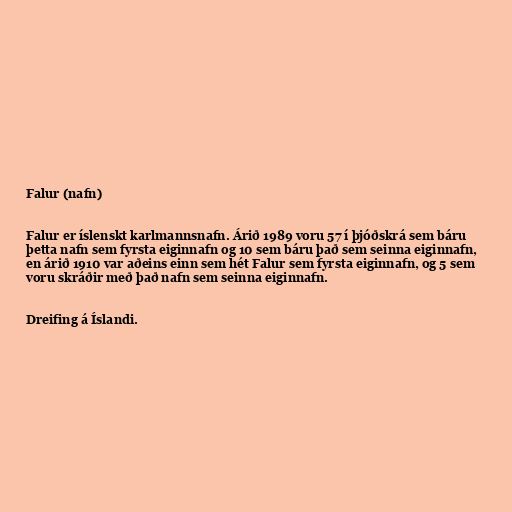
Falur (nafn)

Falur er íslenskt karlmannsnafn. Árið 1989 voru 57 í þjóðskrá sem báru
þetta nafn sem fyrsta eiginnafn og 10 sem báru það sem seinna eiginnafn,
en árið 1910 var aðeins einn sem hét Falur sem fyrsta eiginnafn, og 5 sem
voru skráðir með það nafn sem seinna eiginnafn.

Dreifing á Íslandi.